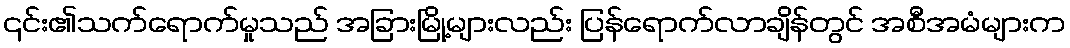
၎င်း၏သက်ရောက်မှုသည် အခြားမြို့များလည်း ပြန်ရောက်လာချိန်တွင် အစီအမံများက